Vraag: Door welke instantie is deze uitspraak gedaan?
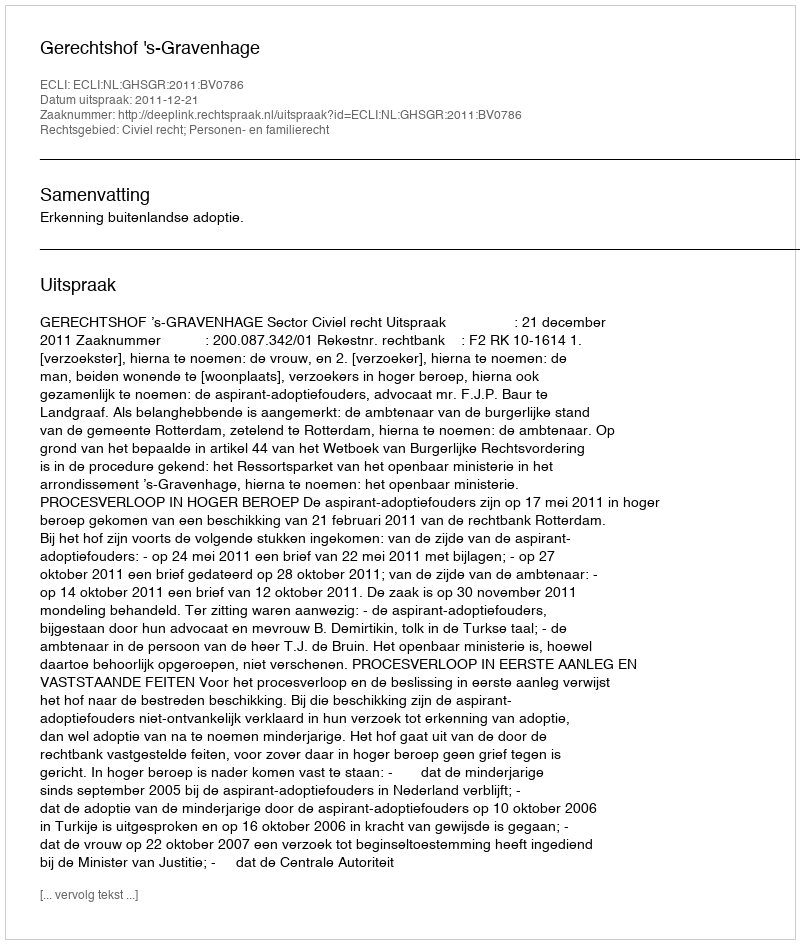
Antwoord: Gerechtshof 's-Gravenhage